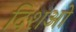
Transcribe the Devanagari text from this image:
दिशओ